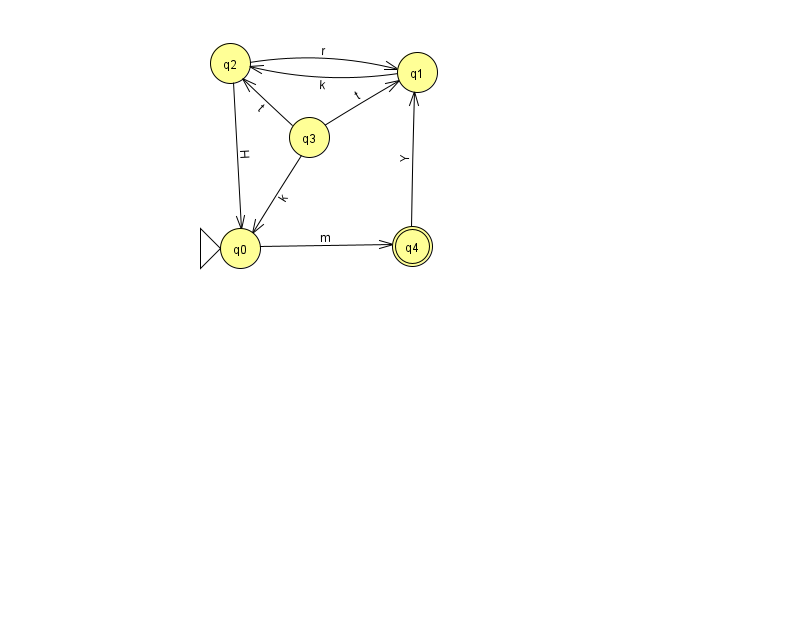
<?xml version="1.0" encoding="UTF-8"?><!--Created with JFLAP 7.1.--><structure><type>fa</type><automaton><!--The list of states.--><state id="0" name="q0"><x>240.0</x><y>235.0</y><initial/></state><state id="1" name="q1"><x>417.0</x><y>59.0</y></state><state id="2" name="q2"><x>230.0</x><y>50.0</y></state><state id="3" name="q3"><x>309.0</x><y>124.0</y></state><state id="4" name="q4"><x>412.0</x><y>233.0</y><final/></state><!--The list of transitions.--><transition><from>2</from><to>1</to><read>r</read></transition><transition><from>3</from><to>0</to><read>k</read></transition><transition><from>4</from><to>1</to><read>Y</read></transition><transition><from>1</from><to>2</to><read>k</read></transition><transition><from>0</from><to>4</to><read>m</read></transition><transition><from>3</from><to>1</to><read>t</read></transition><transition><from>3</from><to>2</to><read>t</read></transition><transition><from>2</from><to>0</to><read>H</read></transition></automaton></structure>